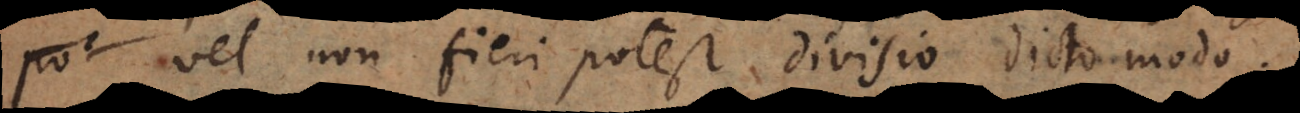
vel non fieri potest divisio dicto modo.